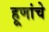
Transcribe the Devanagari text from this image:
हूणांचे